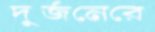
দুর্জনেরে